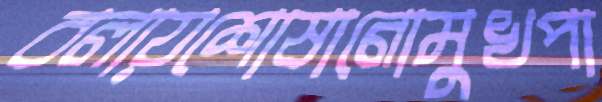
বলায়শোষানোমুখপা